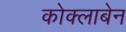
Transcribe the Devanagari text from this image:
कोक्लाबेन